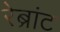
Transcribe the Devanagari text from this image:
रेब्रांट